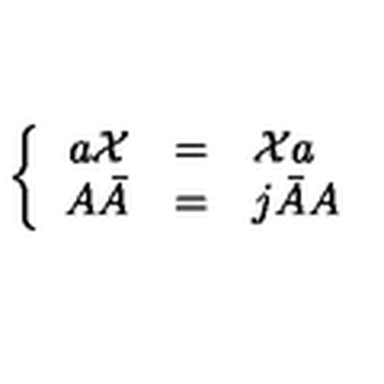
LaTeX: \left\{ \begin{array} { r c l } { a { \cal X } } & { = } & { { \cal X } a } \\ { A \bar { A } } & { = } & { j \bar { A } A } \\ \end{array} \right.